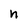
Character: n